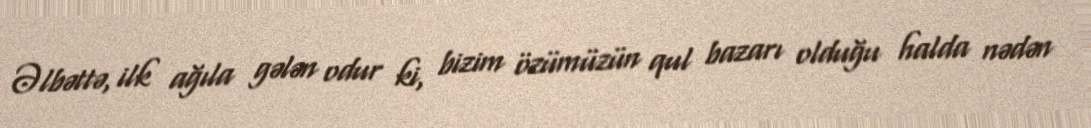
Əlbəttə, ilk ağıla gələn odur ki, bizim özümüzün qul bazarı olduğu halda nədən